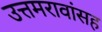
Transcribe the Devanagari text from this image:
उत्तमरावांसह